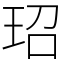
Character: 玿